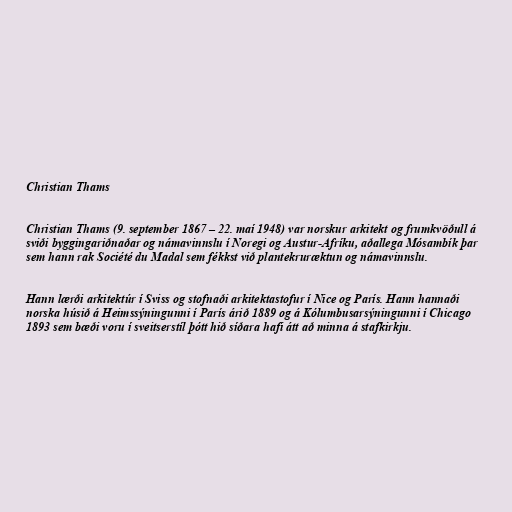
Christian Thams

Christian Thams (9. september 1867 – 22. maí 1948) var norskur arkitekt og frumkvöðull á
sviði byggingariðnaðar og námavinnslu í Noregi og Austur-Afríku, aðallega Mósambík þar
sem hann rak Société du Madal sem fékkst við plantekruræktun og námavinnslu.

Hann lærði arkitektúr í Sviss og stofnaði arkitektastofur í Nice og París. Hann hannaði
norska húsið á Heimssýningunni í París árið 1889 og á Kólumbusarsýningunni í Chicago
1893 sem bæði voru í sveitserstíl þótt hið síðara hafi átt að minna á stafkirkju.